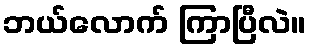
ဘယ်လောက် ကြာပြီလဲ။